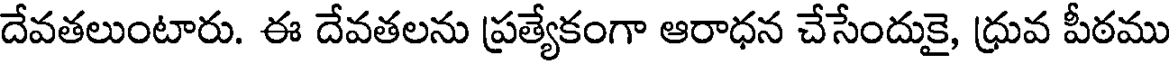
దేవతలుంటారు. ఈ దేవతలను ప్రత్యేకంగా ఆరాధన చేసేందుకై, ధ్రువ పీఠము